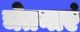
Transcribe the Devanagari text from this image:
चेतनाएं